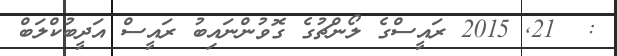
:  21